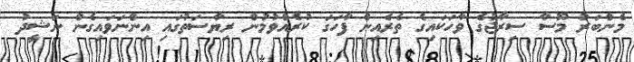
މެންބަރު މޫސާ ސިރާޖުގެ ވާހަކައިގެ ތެރެއިން ފާހަގަ ކުރެއްވުމުން ރިޔާސަތުގައި އިންނަވައިގެން ނަޝީދު